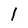
Character: I